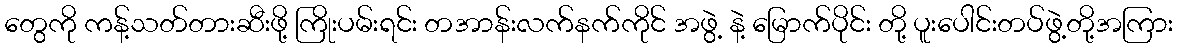
တွေကို ကန့်သတ်တားဆီးဖို့ ကြိုးပမ်းရင်း တအာန်းလက်နက်ကိုင် အဖွဲ့ နဲ့ မြောက်ပိုင်း တို့ ပူးပေါင်းတပ်ဖွဲ့တို့အကြား